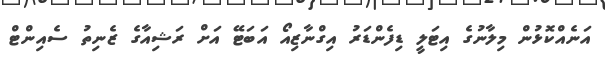
އަނެއްކޮޅުން މިލާނުގެ އިޓަލީ ޑިފެންޑަރު އިގްނާޒިއޯ އަބަޓޭ އަށް ރަޝިއާގެ ޒެނިތު ސެއިންޓް